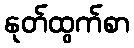
နုတ်ထွက်စာ